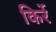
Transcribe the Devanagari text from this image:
किर्रे